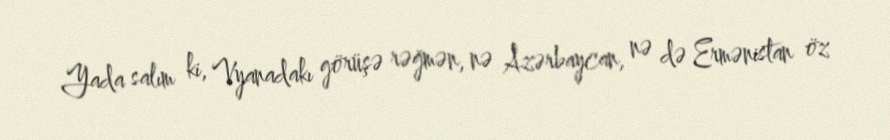
Yada salım ki, Vyanadakı görüşə rəğmən, nə Azərbaycan, nə də Ermənistan öz